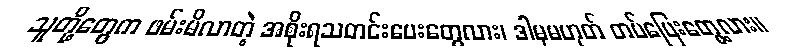
သူတို့တွေက ဖမ်းမိလာတဲ့ အစိုးရသတင်းပေးတွေလား၊ ဒါမှမဟုတ် တပ်ပြေးတွေ့လား။